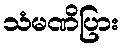
သံမဏိပြား